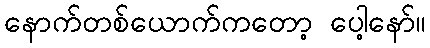
နောက်တစ်ယောက်ကတော့ ပေါ့နော်။